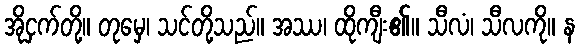
အိုငှက်တို့။ တုမှေ၊ သင်တို့သည်။ အဿ၊ ထိုကျီး၏။ သီလံ၊ သီလကို။ န